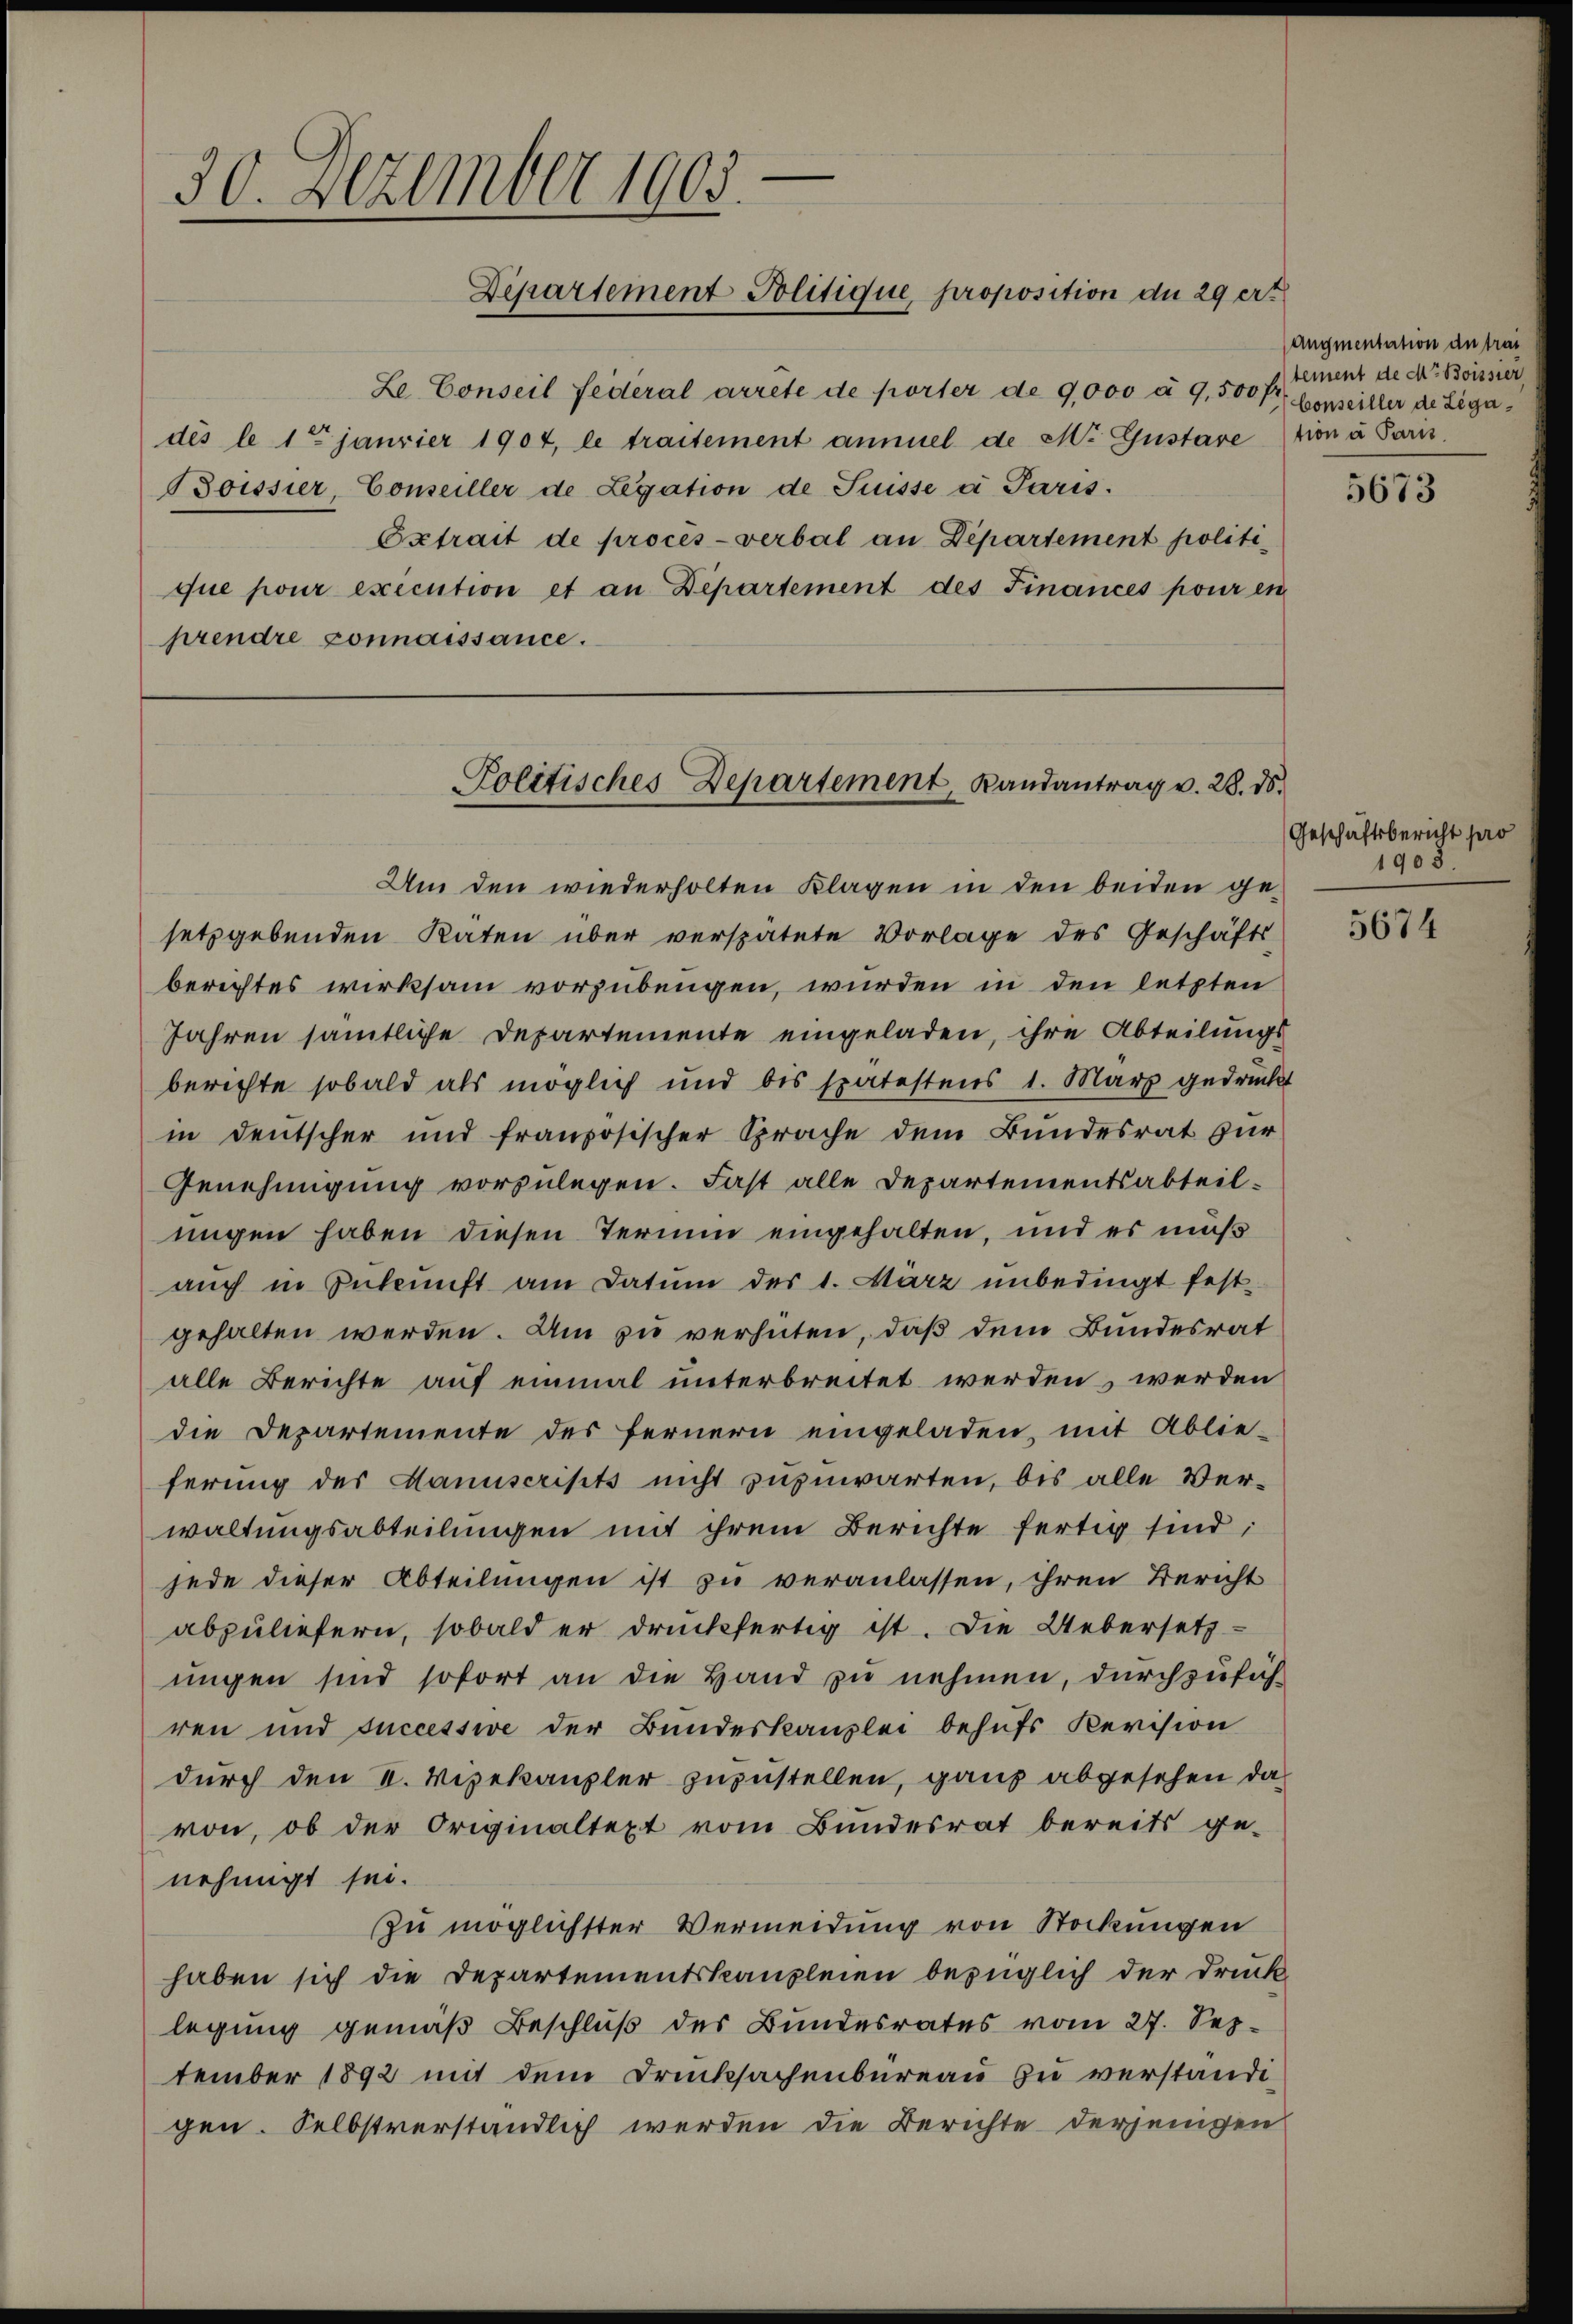
e
30. Dezember 1903.
Departement Politique, proposition du 29 ert

Le Conseil Federal arrête de porter de 9,000 à 9,500 fl Conseiller de Ligadés le 1te janvier 1904, le traitement ammel de M. Gustare tion a Paris.
Boisser, Conseiller de Legation de Suisse a Paris.
Extrait de procès-verbal an Departement politique pour exécution et an Departement des Finances pour en
prendre connaissance.

Politisches Departement, Randantrag v. 28. ds.

Um den wiederholten Klagen in den beiden gesetzgebenden Katen über verspätete Vorlage des Geschäfts
berichtes wirksam vorzubeugen, wurden in den letzten
Jahren sämtliche Departemente eingeladen, ihre Abteilungs
berichte sobald als möglich und bis spätestens 1. März gedrückt
in Deutscher und französischer Sprache dem Bundesrat zur
Genehmigung vorzulegen. Fast alle Departementsabteilungen haben diesen Termin eingehalten, und es muß
auch in Zukunft am Datum des 1. März unbedingt fest-
gehalten werden. Um zu verhüten, daß dem Bundesrat
alle Berichte auf einmal unterbreitet werden, werden
die Departemente des fernern eingeladen, mit Ablie-
ferung des Manuscripts nicht zuzuwarten, bis alle Verwaltungsabteilungen mit ihrem Berichte fertig sind:
jede dieser Abteilungen ist zu veranlassen, ihren Bericht
abzuliefern, sobald er druckfertig ist. Die Uebersetz-
ungen sind sofort an die Hand zu nehmen, durchzuführen und successive der Bundeskanzlei behufs Revision
durch den V. Vizekanzler zuzustellen, ganz abgesehen da
von, ob der Originaltext vom Bundesrat bereits ge-
nehmigt sei.
zu möglichster Vermeidung von Stockungen
haben sich die Departementskanzleien bezüglich der Druck
legung gemäß Beschluß des Bundesrates vom 27. September 1892 mit dem Drucksachenbüreau zu verständigen. Selbstverständlich werden die Berichte derjenigen

Augmentation de trai
tement de Mr. Boissier

5673

Geschäftsbericht pro
1908.

5674